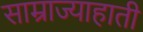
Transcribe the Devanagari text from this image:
साम्राज्याहाती